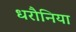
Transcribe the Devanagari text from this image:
धरौनिया